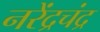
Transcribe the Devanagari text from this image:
नरेंद्रचंद्र